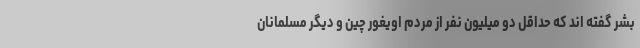
بشر گفته اند که حداقل دو میلیون نفر از مردم اویغور چین و دیگر مسلمانان